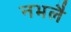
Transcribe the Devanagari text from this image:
नभलै